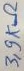
Text: 3,9KΩ